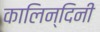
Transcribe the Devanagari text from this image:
कालिन्दिनी